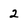
Character: 2